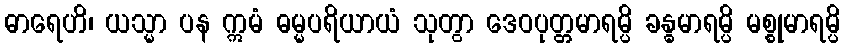
ဓာရေဟိ၊ ယသ္မာ ပန ဣမံ ဓမ္မပရိယာယံ သုတွာ ဒေဝပုတ္တမာရမ္ပိ ခန္ဓမာရမ္ပိ မစ္စုမာရမ္ပိ